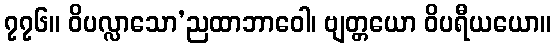
၇၇၆။ ဝိပလ္လာသော’ညထာဘာဝေါ၊ ဗျတ္တယော ဝိပရီယယော။